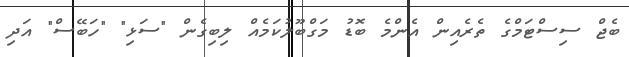
ބެޖް ސިސްޓަމްގެ ތެރެއިން އެންމެ ބޮޑު މަގްބޫލުކަމެއް ލިބިގެން "ސަޅި" "ހަބޭސް" އަދި